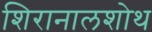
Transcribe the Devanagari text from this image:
शिरानालशोथ